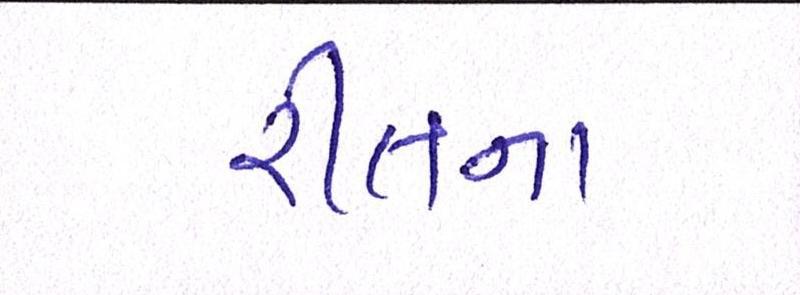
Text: રીતના